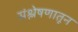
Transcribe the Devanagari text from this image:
संश्लेषणातून